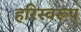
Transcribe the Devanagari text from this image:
हरिस्वरूप